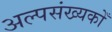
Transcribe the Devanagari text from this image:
अल्पसंख्यकोँ